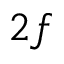
2 f